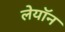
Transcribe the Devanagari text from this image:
लेयॉन